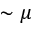
\sim \mu